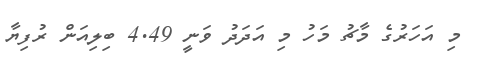
މި އަހަރުގެ މާޗު މަހު މި އަދަދު ވަނީ 4.49 ބިލިއަން ރުފިޔާ